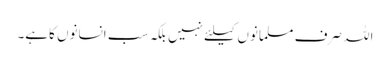
اللہ صرف مسلمانوں کیلئے نہیں بلکہ سب انسانوں کاہے۔